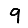
Digit: 9